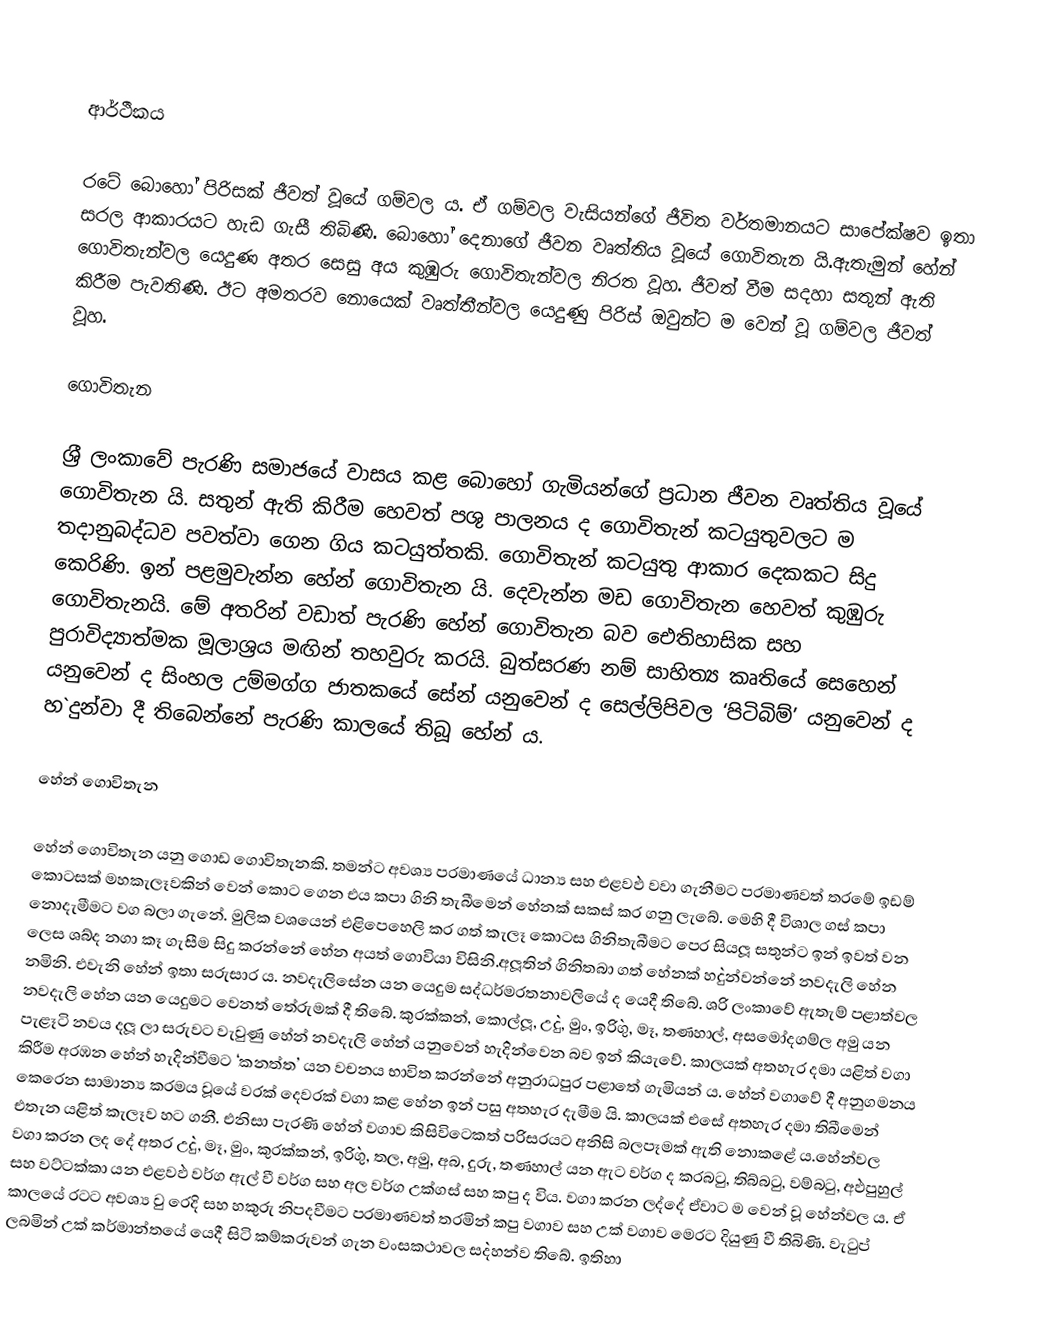

ආර්ථීකය

රටේ බොහෝ පිරිසක් ජීවත් වූයේ ගම්වල ය. ඒ ගම්වල වැසියන්ගේ ජීවිත වර්තමානයට සාපේක්ෂව ඉතා සරල ආකාරයට හැඩ ගැසී තිබිණි. බොහෝ දෙනාගේ ජීවන වෘත්තිය වූයේ ගොවිතැන යි.ඇතැමුන් හේන් ගොවිතැන්වල යෙදුණ අතර සෙසු අය කුඹුරු ගොවිතැන්වල නිරත වූහ. ජීවත් වීම සදහා සතුන් ඇති කිරීම පැවතිණි. ඊට අමතරව නොයෙක් වෘත්තීන්වල යෙදුණු පිරිස් ඔවුන්ට ම වෙන් වූ ගම්වල ජීවත් වූහ.

ගොවිතැන

ශ‍්‍රී ලංකාවේ පැරණි සමාජයේ වාසය කළ බොහෝ ගැමියන්ගේ ප‍්‍රධාන ජීවන වෘත්තිය වූයේ ගොවිතැන යි. සතුන් ඇති කිරීම හෙවත් පශු පාලනය ද ගොවිතැන් කටයුතුවලට ම තදානුබද්ධව පවත්වා ගෙන ගිය කටයුත්තකි. ගොවිතැන් කටයුතු ආකාර දෙකකට සිදු කෙරිණි. ඉන් පළමුවැන්න හේන් ගොවිතැන යි. දෙවැන්න මඩ ගොවිතැන හෙවත් කුඹුරු ගොවිතැනයි. මේ අතරින් වඩාත් පැරණි හේන් ගොවිතැන බව ඓතිහාසික සහ පුරාවිද්‍යාත්මක මූලාශ‍්‍රය මඟින් තහවුරු කරයි. බුත්සරණ නම් සාහිත්‍ය කෘතියේ සෙහෙන් යනුවෙන් ද සිංහල උම්මග්ග ජාතකයේ සේන් යනුවෙන් ද සෙල්ලිපිවල ‘පිටිබිම්’ යනුවෙන් ද හ`දුන්වා දී තිබෙන්නේ පැරණි කාලයේ තිබූ හේන් ය.

හේන් ගොවිතැන

හේන් ගොවිතැන යනු ගොඩ ගොවිතැනකි. තමන්ට අවශ්‍ය ප‍්‍රමාණයේ ධාන්‍ය සහ එළව`ඵ වවා ගැනීමට ප‍්‍රමාණවත් තරමේ ඉඩම් කොටසක් මහකැලෑවකින් වෙන් කොට ගෙන එය කපා ගිනි තැබීමෙන් හේනක් සකස් කර ගනු ලැබේ. මෙහි දී විශාල ගස් කපා නොදැමීමට වග බලා ගැනේ. මුලික වශයෙන් එළිපෙහෙලි කර ගත් කැලෑ කොටස ගිනිතැබීමට පෙර සියලූ සතුන්ට ඉන් ඉවත් වන ලෙස ශබ්ද නගා කෑ ගැසීම සිදු කරන්නේ හේන අයත් ගොවියා විසිනි.අලූතින් ගිනිතබා ගත් හේනක් හ`දුන්වන්නේ නවදැලි හේන නමිනි. එවැනි හේන් ඉතා සරුසාර ය. නවදැලිසේන යන යෙදුම සද්ධර්මරතනාවලියේ ද යෙදී තිබේ. ශ‍්‍රි ලංකාවේ ඇතැම් පළාත්වල නවදැලි හේන යන යෙදුමට වෙනත් තේරුමක් දී තිබේ. කුරක්කන්, කොල්ලූ, උ`දු, මුං, ඉරි`ගු, මෑ, තණහාල්, අසමෝදගම්ල අමු යන පැළෑටි නවය දලූ ලා සරුවට වැවුණු හේන් නවදැලි හේන් යනුවෙන් හැ`දින්වෙන බව ඉන් කියැවේ. කාලයක් අතහැර දමා යළිත් වගා කිරීම අරඹන හේන් හැ`දින්වීමට ‘කනත්ත’ යන වචනය භාවිත කරන්නේ අනුරාධපුර පළාතේ ගැමියන් ය. හේන් වගාවේ දී අනුගමනය කෙරෙන සාමාන්‍ය ක‍්‍රමය වූයේ වරක් දෙවරක් වගා කළ හේන ඉන් පසු අතහැර දැමීම යි. කාලයක් එසේ අතහැර දමා තිබීමෙන් එතැන යළිත් කැලෑව හට ගනී. එනිසා පැරණි හේන් වගාව කිසිවිටෙකත් පරිසරයට අනිසි බලපෑමක් ඇති නොකළේ ය.හේන්වල වගා කරන ලද දේ අතර උ`දු, මෑ, මුං, කුරක්කන්, ඉරි`ගු, තල, අමු, අබ, දුරු, තණහාල් යන ඇට වර්ග ද කරබටු, තිබ්බටු, වම්බටු, අ`ඵපුහුල් සහ වට්ටක්කා යන එළව`ඵ වර්ග ඇල් වී වර්ග සහ අල වර්ග උක්ගස් සහ කපු ද විය. වගා කරන ලද්දේ ඒවාට ම වෙන් වූ හේන්වල ය. ඒ කාලයේ රටට අවශ්‍ය වු රෙදි සහ හකුරු නිපදවීමට ප‍්‍රමාණවත් තරමින් කපු වගාව සහ උක් වගාව මෙරට දියුණු වී තිබිණි. වැටුප් ලබමින් උක් කර්මාන්තයේ යෙදී සිටි කම්කරුවන් ගැන වංසකථාවල ස`දහන්ව තිබේ. ඉතිහා